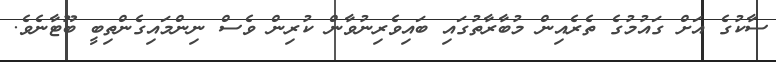
ސާކުގެ އަށް ގައުމުގެ ތެރެއިން މުބާރާތުގައި ބައިވެރިނުވާން ކުރިން ވެސް ނިންމައިގެންތިބީ ބޫޓާނެވެ.